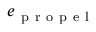
e _ { \mathrm { ~ p ~ r ~ o ~ p ~ e ~ l ~ } }